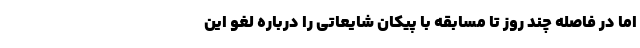
اما در فاصله چند روز تا مسابقه با پیکان شایعاتی را درباره لغو این